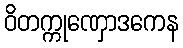
ဝိတက္ကုဏှောဒကေန